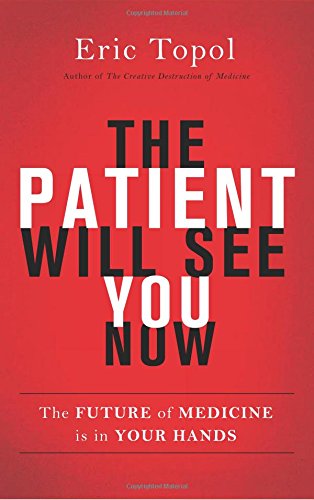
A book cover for The Patient Will See You Now: The Future of Medicine is in Your Hands; Eric Topol; Engineering & Transportation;